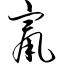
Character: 窜